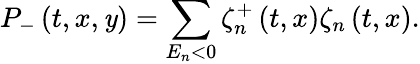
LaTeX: P_{-}\left(t,x,\mathit{y}\right)=\sum_{E_{n}<0}\zeta_{n}^{+}\left(t,x\right)\zeta_{n}\left(t,x\right).